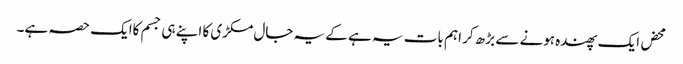
محض ایک پھندہ ہونے سے بڑھ کر اہم بات یہ ہے کے یہ جال مکڑی کا اپنے ہی جسم کاایک حصہ ہے۔